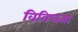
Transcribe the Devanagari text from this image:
विविघता